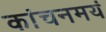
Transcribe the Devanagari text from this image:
कांचनमयं